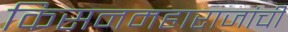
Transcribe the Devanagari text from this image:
किसनमहाराजांची